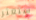
ستعثر